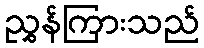
ညွှန်ကြားသည်